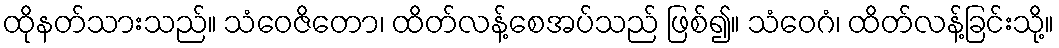
ထိုနတ်သားသည်။ သံဝေဇိတော၊ ထိတ်လန့်စေအပ်သည် ဖြစ်၍။ သံဝေဂံ၊ ထိတ်လန့်ခြင်းသို့။